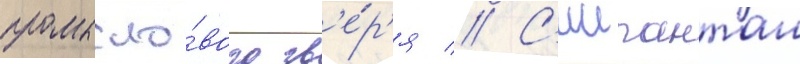
промысло́вого зв'е́р'я // С'иипанташ